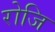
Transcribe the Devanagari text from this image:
रोजि